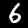
Label: 6